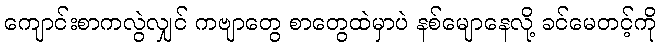
ကျောင်းစာကလွဲလျှင် ကဗျာတွေ စာတွေထဲမှာပဲ နစ်မျောနေလို့ ခင်မေတင့်ကို